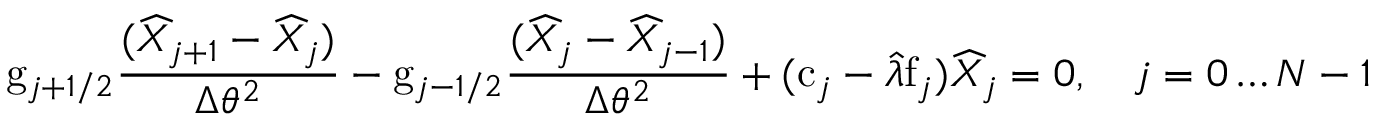
\mathrm { g } _ { j + 1 / 2 } \frac { ( \widehat { X } _ { j + 1 } - \widehat { X } _ { j } ) } { \Delta \theta ^ { 2 } } - \mathrm { g } _ { j - 1 / 2 } \frac { ( \widehat { X } _ { j } - \widehat { X } _ { j - 1 } ) } { \Delta \theta ^ { 2 } } + ( \mathrm { c } _ { j } - \widehat { \lambda } \mathrm { f } _ { j } ) \widehat { X } _ { j } = 0 , \quad j = 0 \ldots N - 1